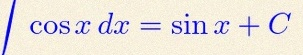
\int \cos x\,dx=\sin x+C